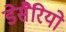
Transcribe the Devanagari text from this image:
डेसैरियो